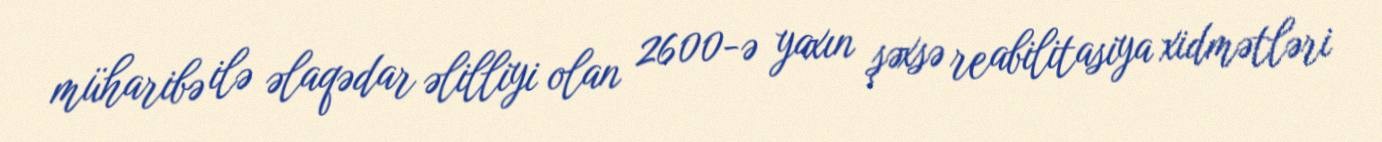
müharibə ilə əlaqədar əlilliyi olan 2600-ə yaxın şəxsə reabilitasiya xidmətləri